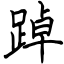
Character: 踔